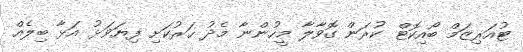
ޓުއަރިޒަމް ބޯއިކޮޓް ކުރަން ގޮވާލާ މީހުންނާ މެެދު ހަރުކަށި ފިޔަވަޅު އަޅާ ބިލެއް